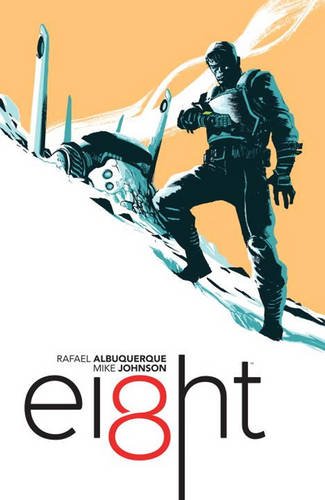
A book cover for EI8HT Volume 1: Outcast; Mike Johnson; Comics & Graphic Novels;